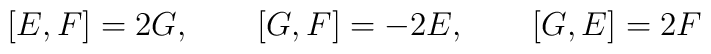
[E,F]=2G,\qquad [G,F]=-2E,\qquad [G,E]=2F